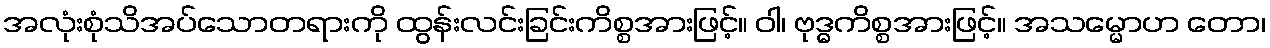
အလုံးစုံသိအပ်သောတရားကို ထွန်းလင်းခြင်းကိစ္စအားဖြင့်။ ဝါ၊ ဗုဒ္ဓကိစ္စအားဖြင့်။ အသမ္မောဟ တော၊